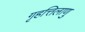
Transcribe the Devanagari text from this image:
गृहत्तिलाणु